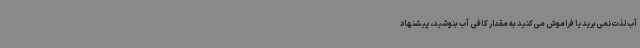
آب لذت نمی‌برید یا فراموش می‌کنید به مقدار کافی آب بنوشید، پیشنهاد